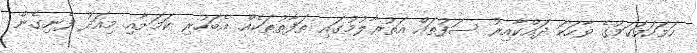
ހަމަހަމަކަމުގެ ވާހަކަ ދައްކާއިރު ސަފުތައް އަތުރާލުމުގައި ތަފާތުތަކެއް އެބަހުރި ކަމަށާއި މިއަދު ފެނިގެން